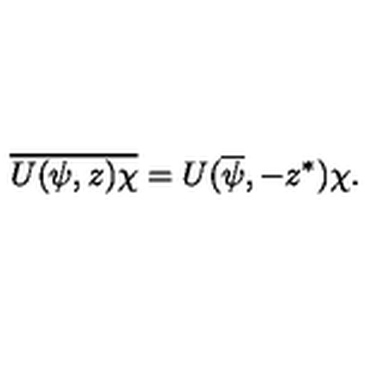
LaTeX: \overline { { U ( \psi , z ) \chi } } = U ( \overline { \psi } , - z ^ { \ast } ) \chi .